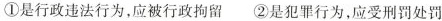
①是行政违法行为，应被行政拘留 ②是犯罪行为，应受刑罚处罚